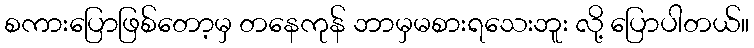
စကားပြောဖြစ်တော့မှ တနေကုန် ဘာမှမစားရသေးဘူး လို့ ပြောပါတယ်။